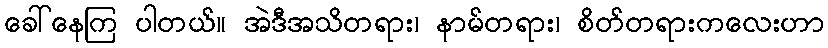
ခေါ်နေကြ ပါတယ်။ အဲဒီအသိတရား၊ နာမ်တရား၊ စိတ်တရားကလေးဟာ